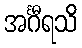
အင်္ဂီရသိ